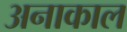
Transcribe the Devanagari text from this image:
अनाकाल